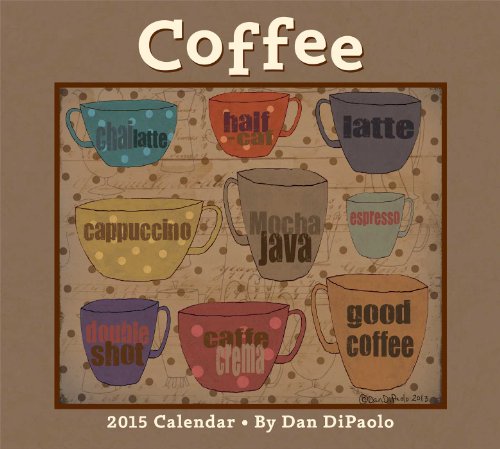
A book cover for Coffee 2015 Deluxe Wall Calendar; Dan DiPaolo; Calendars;